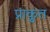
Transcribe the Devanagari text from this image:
प्राकृुत